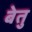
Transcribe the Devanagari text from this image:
बेतु